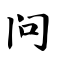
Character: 问